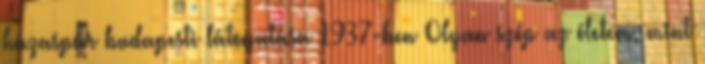
házaspár budapesti látogatása 1937-ben Olyan szép az életem, mint